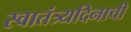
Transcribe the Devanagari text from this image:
स्वातंत्र्यदिनाची